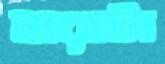
হারাটা